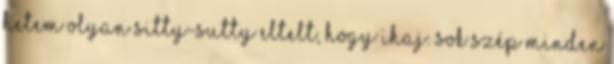
hetem olyan sitty-sutty eltelt, hogy ihaj. Sok szép minden